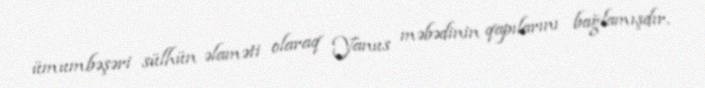
ümumbəşəri sülhün əlaməti olaraq Yanus məbədinin qapılarını bağlamışdır.